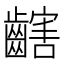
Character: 𪙏